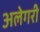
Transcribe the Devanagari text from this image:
अलेगरी